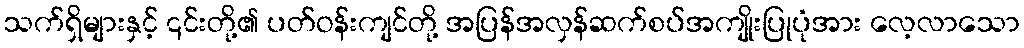
သက်ရှိများနှင့် ၎င်းတို့၏ ပတ်ဝန်းကျင်တို့ အပြန်အလှန်ဆက်စပ်အကျိုးပြုပုံအား လေ့လာသော